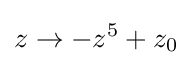
z\to -z^{5}+z_{0}